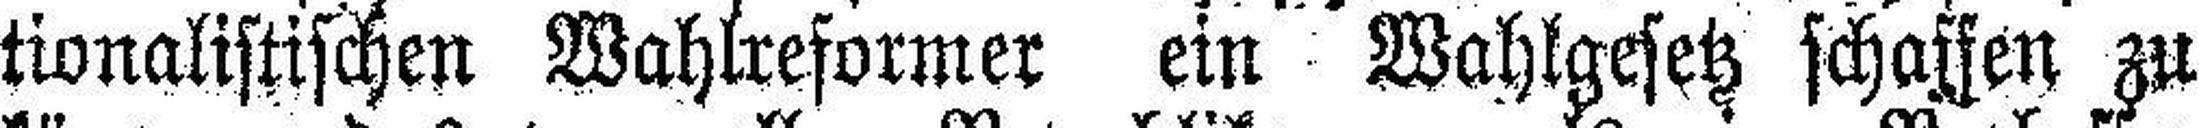
tionalistischen Wahlreformer ein Wahlgesetz schaffen zu